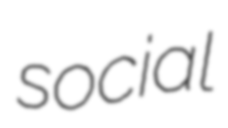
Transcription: social